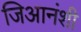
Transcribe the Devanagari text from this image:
जिआनंशी